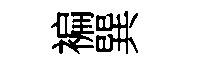
褊巽